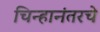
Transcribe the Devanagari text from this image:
चिन्हानंतरचे